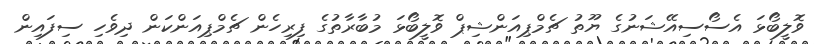
ވޮލީބޯޅަ އެސޯސިއޭޝަނުގެ ޔޫތު ޗެމްޕިއަންޝިޕް ވޮލީބޯޅަ މުބާރާތުގެ ފިރިހެން ޗެމްޕިއަންކަން ދިވެހި ސިފައިން